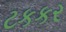
ટકકર